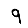
Digit: 9